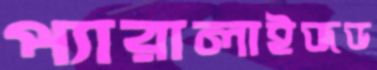
প্যারালাইজড